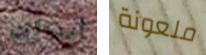
أبنائك ملعونة